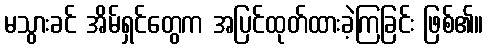
မသွားခင် အိမ်ရှင်တွေက အပြင်ထုတ်ထားခဲ့ကြခြင်း ဖြစ်၏။